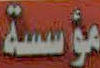
مؤسسة